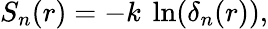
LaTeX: S_{n}(r)=-k\ \ln(\delta_{n}(r)),